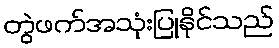
တွဲဖက်အသုံးပြုနိုင်သည်